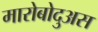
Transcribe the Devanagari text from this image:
मारोबोदुअस